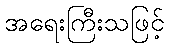
အရေးကြီးသဖြင့်